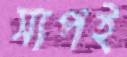
সাপই